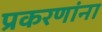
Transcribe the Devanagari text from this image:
प्रकरणांना